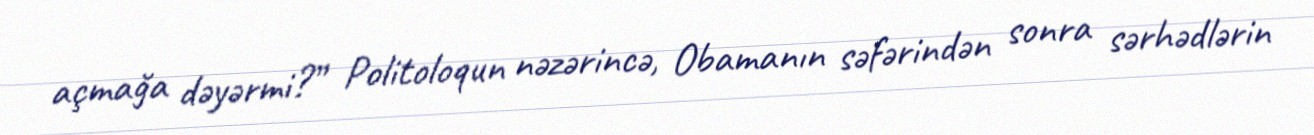
açmağa dəyərmi?” Politoloqun nəzərincə, Obamanın səfərindən sonra sərhədlərin